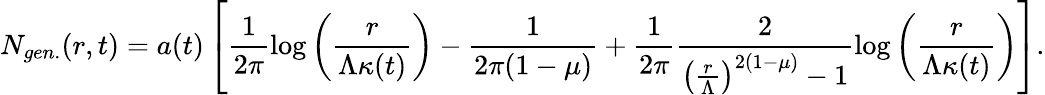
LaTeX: N_{gen.}(r,t)=a(t)\left[\frac{1}{2\pi}\log\left(\frac{r}{\Lambda\kappa(t)}\right)-\frac{1}{2\pi(1-\mu)}+\frac{1}{2\pi}\frac{2}{\left(\frac{r}{\Lambda}\right)^{2(1-\mu)}-1}\log\left(\frac{r}{\Lambda\kappa(t)}\right)\right].